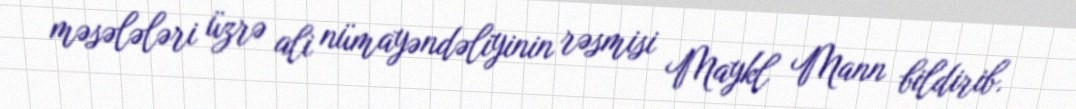
məsələləri üzrə ali nümayəndəliyinin rəsmisi Maykl Mann bildirib.